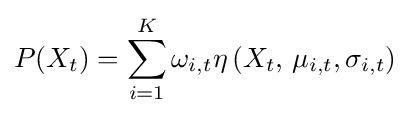
P(X_{t})=\sum _{i=1}^{K}\omega _{i,t}\eta \left(X_{t},\,\mu _{i,t},\sigma _{i,t}\right)